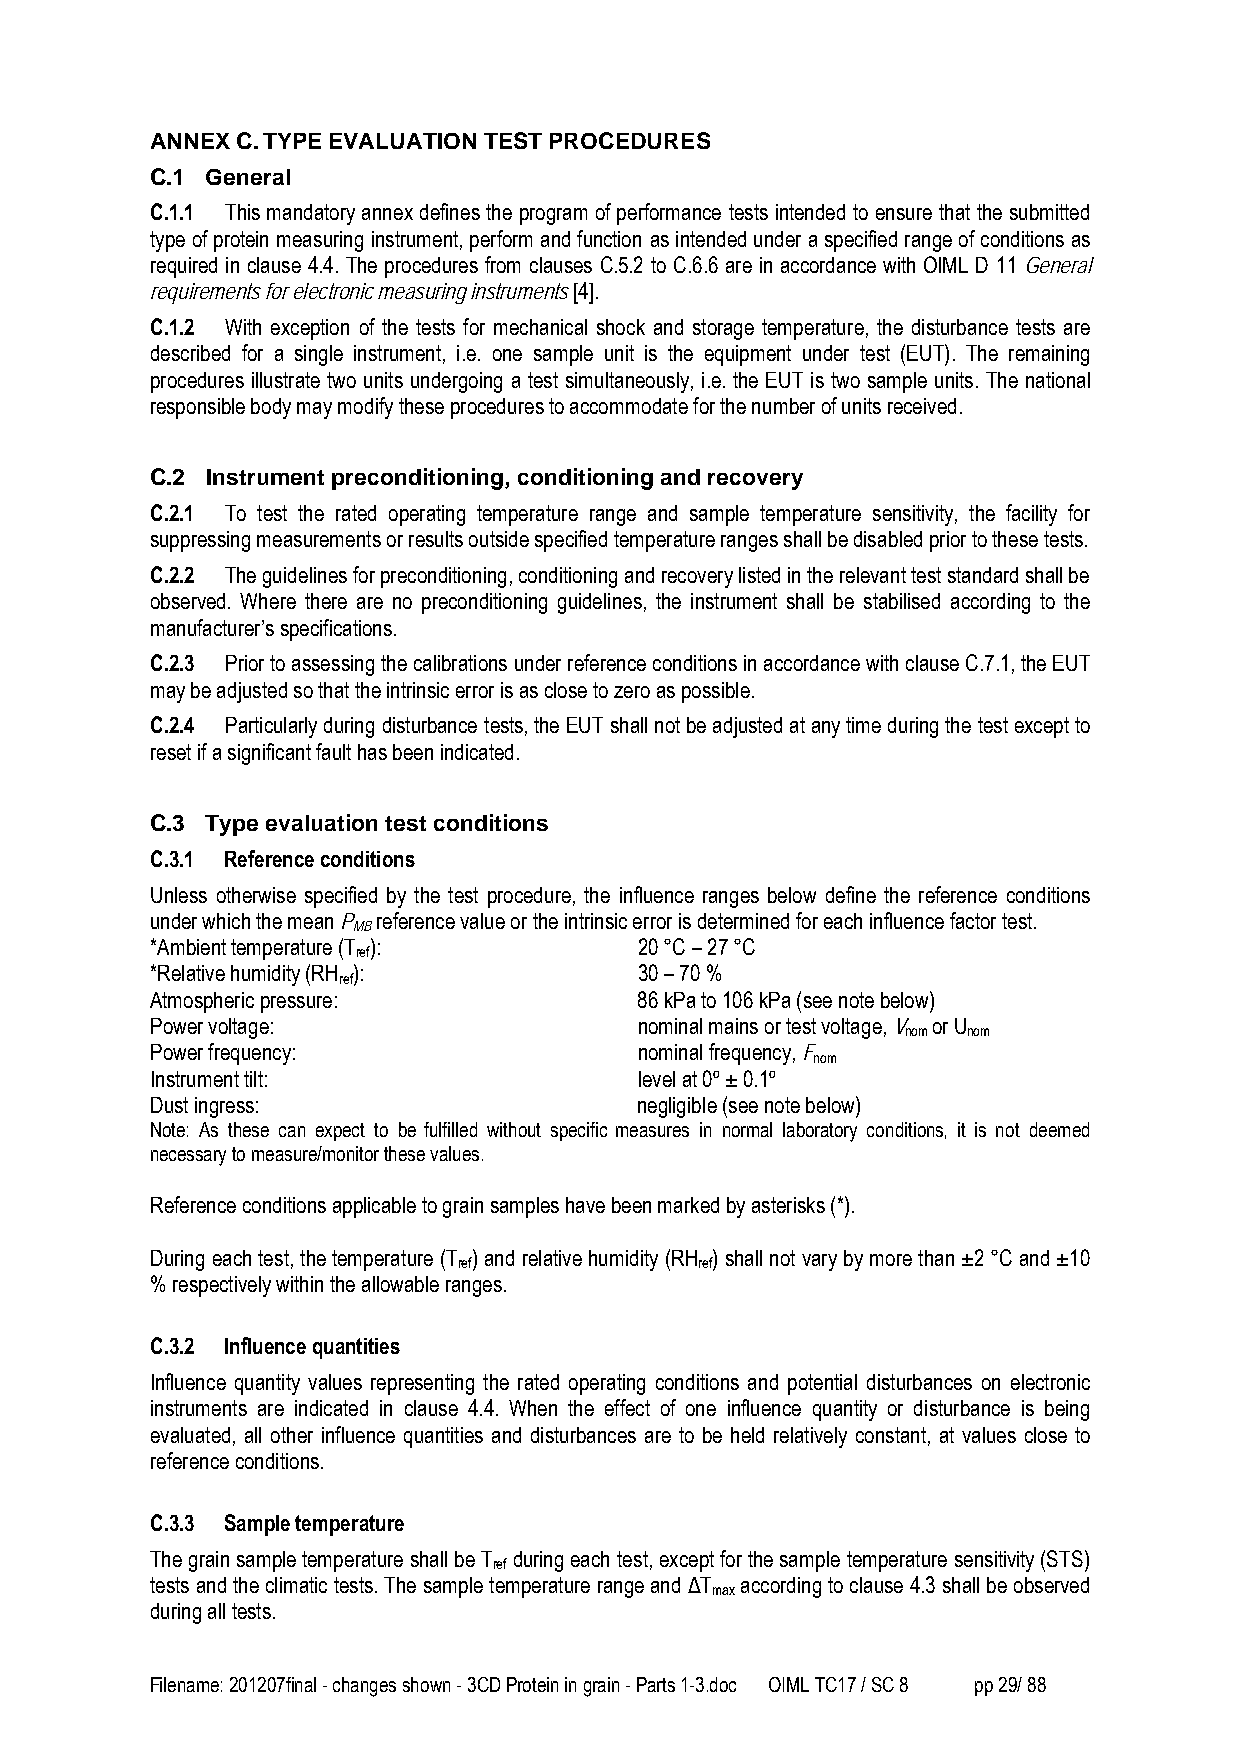
ANNEX C. TYPE EVALUATION TEST PROCEDURES
 C.1 General
 C.1.1 This mandatory annex defines the program of performance tests intended to ensure that the submitted
 type of protein measuring instrument, perform and function as intended under a specified range of conditions as
 required in clause 4.4. The procedures from clauses C.5.2 to C.6.6 are in accordance with OIML D 11 General
 requirements for electronic measuring instruments [4].
 C.1.2 With exception of the tests for mechanical shock and storage temperature, the disturbance tests are
 described for a single instrument, i.e. one sample unit is the equipment under test (EUT). The remaining
 procedures illustrate two units undergoing a test simultaneously, i.e. the EUT is two sample units. The national
 responsible body may modify these procedures to accommodate for the number of units received.
 C.2 Instrument preconditioning, conditioning and recovery
 C.2.1 To test the rated operating temperature range and sample temperature sensitivity, the facility for
 suppressing measurements or results outside specified temperature ranges shall be disabled prior to these tests.
 C.2.2 The guidelines for preconditioning, conditioning and recovery listed in the relevant test standard shall be
 observed. Where there are no preconditioning guidelines, the instrument shall be stabilised according to the
 manufacturer’s specifications.
 C.2.3 Prior to assessing the calibrations under reference conditions in accordance with clause C.7.1, the EUT
 may be adjusted so that the intrinsic error is as close to zero as possible.
 C.2.4 Particularly during disturbance tests, the EUT shall not be adjusted at any time during the test except to
 reset if a significant fault has been indicated.
 C.3 Type evaluation test conditions
 C.3.1 Reference conditions
 Unless otherwise specified by the test procedure, the influence ranges below define the reference conditions
 under which the mean P reference value or the intrinsic error is determined for each influence factor test.
 MB
 *Ambient temperature (T ):      20 °C – 27 °C
 ref
 *Relative humidity (RH ):       30 – 70 %
 ref
 Atmospheric pressure:           86 kPa to 106 kPa (see note below)
 Power voltage:                  nominal mains or test voltage, V or U
 nom nom
 Power frequency:                nominal frequency, F
 nom
 Instrument tilt:                level at 0º ± 0.1º
 Dust ingress:                   negligible (see note below)
 Note: As these can expect to be fulfilled without specific measures in normal laboratory conditions, it is not deemed
 necessary to measure/monitor these values.
 Reference conditions applicable to grain samples have been marked by asterisks (*).
 During each test, the temperature (T ) and relative humidity (RH ) shall not vary by more than ±2 °C and ±10
 ref             ref
 % respectively within the allowable ranges.
 C.3.2 Influence quantities
 Influence quantity values representing the rated operating conditions and potential disturbances on electronic
 instruments are indicated in clause 4.4. When the effect of one influence quantity or disturbance is being
 evaluated, all other influence quantities and disturbances are to be held relatively constant, at values close to
 reference conditions.
 C.3.3 Sample temperature
 The grain sample temperature shall be T during each test, except for the sample temperature sensitivity (STS)
 ref
 tests and the climatic tests. The sample temperature range and ΔT according to clause 4.3 shall be observed
 max
 during all tests.
 Filename: 201207final - changes shown - 3CD Protein in grain - Parts 1-3.doc OIML TC17 / SC 8 pp 29/ 88